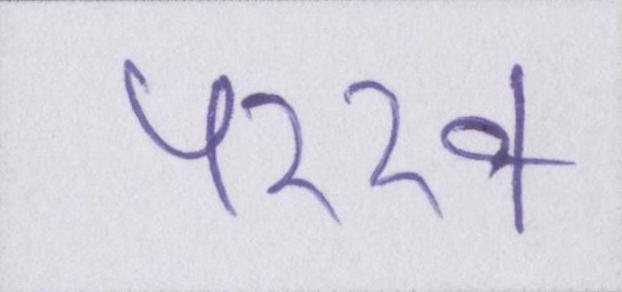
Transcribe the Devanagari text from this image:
परख